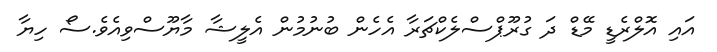
އައި އޮލްރެޑީ މޭޑް ދަ ގުރޫޕްސްލެކްޗަރާ އެހެން ބުނުމުން އެލީޝާ މާޔޫސްވިއެވެ.ސޯ ހިޔާ